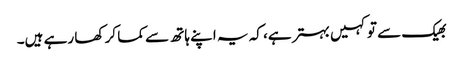
بھیک سے تو کہیں بہتر ہے، کہ یہ اپنے ہاتھ سے کما کر کھا رہے ہیں۔